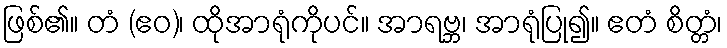
ဖြစ်၏။ တံ (ဧဝ)၊ ထိုအာရုံကိုပင်။ အာရဗ္ဘ၊ အာရုံပြု၍။ ဧတံ စိတ္တံ၊